Etiology and epidemiology of plague
Disease focus: Plague
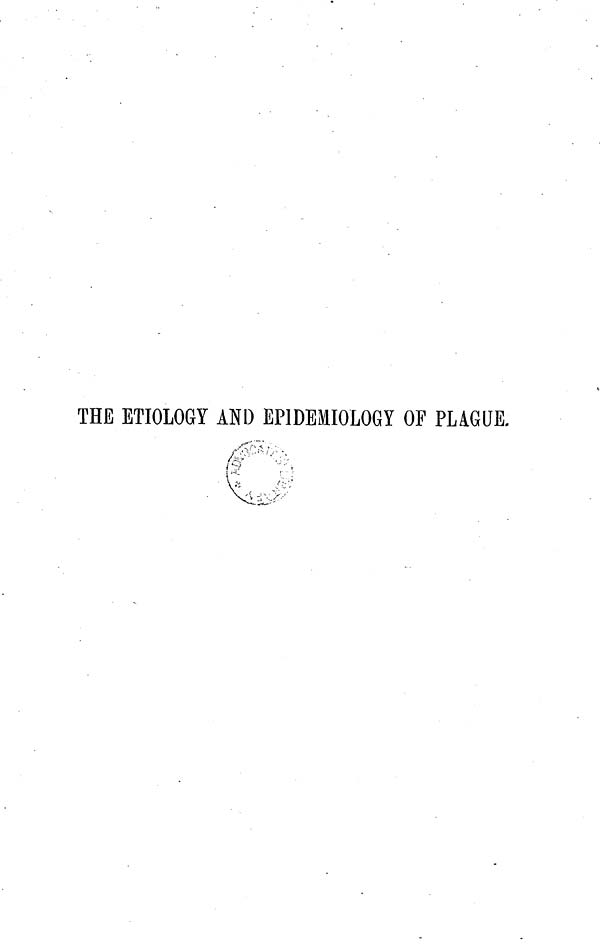
THE ETIOLOGY AND EPIDEMIOLOGY OF PLAGUE.